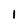
Character: l